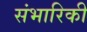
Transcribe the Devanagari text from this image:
संभारिकी